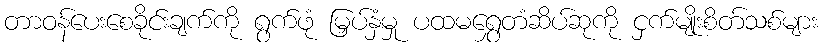
တာဝန်ပေးစေခိုင်းချက်ကို ရွက်ဖုံ မြှပ်နှံမှု ပထမရွှေတံဆိပ်ဆုကို ငှက်မျိုးစိတ်သစ်များ